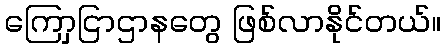
ကြောှငြာဌာနတွေ ဖြစ်လာနိုင်တယ်။